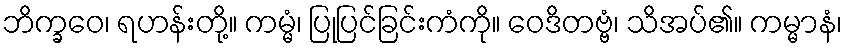
ဘိက္ခဝေ၊ ရဟန်းတို့။ ကမ္မံ၊ ပြုပြင်ခြင်းကံကို။ ဝေဒိတဗ္ဗံ၊ သိအပ်၏။ ကမ္မာနံ၊